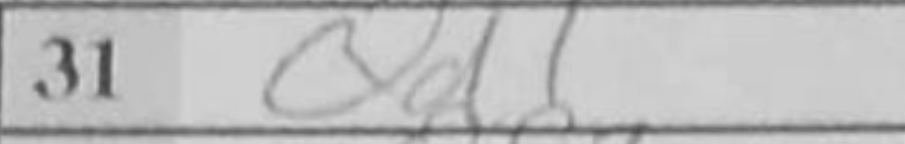
Transcription: Qd1